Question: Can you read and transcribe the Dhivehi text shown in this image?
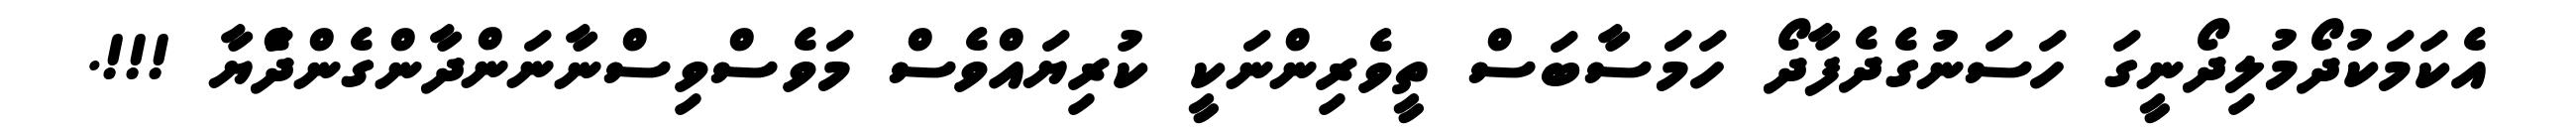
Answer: އެކަމަކުދޯމުލިދޯނީގަ ހަސަނުގެދެފާދޯ ހަމަސާބަސް ތީވެރިންނަކީ ކުރިޔައްވެސް މަވެސްވިސްނާނަންދާންގެންދަެްޔާ !!!.